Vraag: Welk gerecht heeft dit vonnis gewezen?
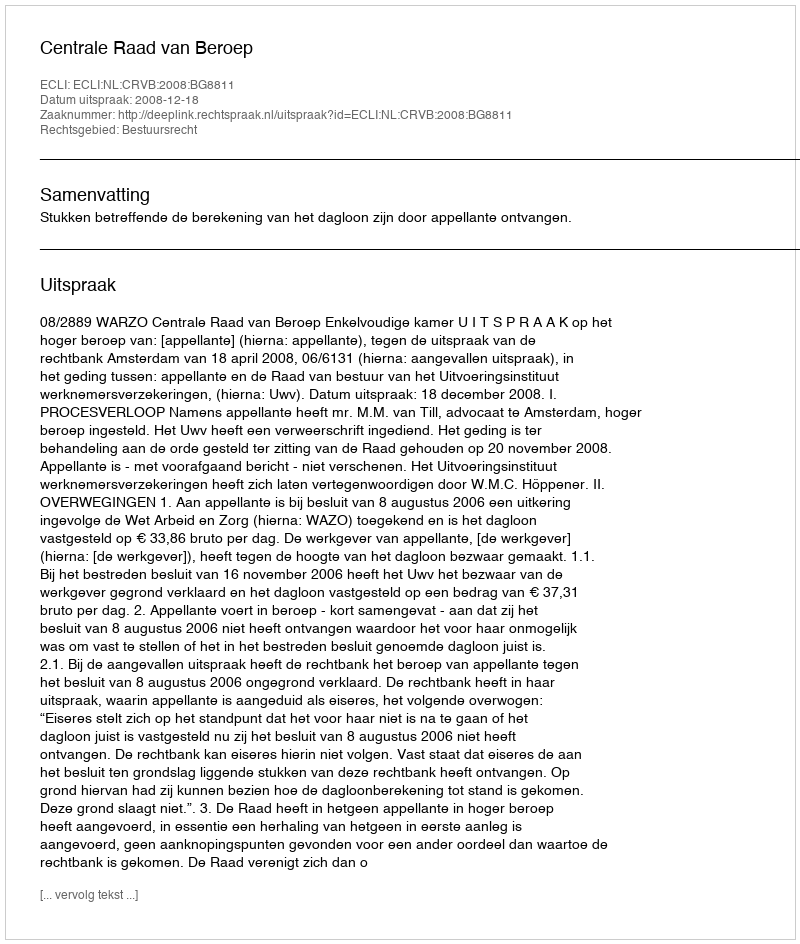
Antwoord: Centrale Raad van Beroep